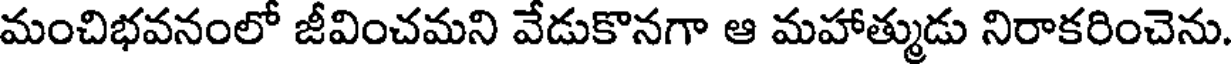
మంచిభవనంలో జీవించమని వేడుకొనగా ఆ మహాత్ముడు నిరాకరించెను.